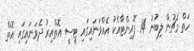
ހަތް މެޗުން ލިބުނު 14 ޕޮއިންޓާއެކު އެއްވަނައިގައި ޓީސީ އޮތްއިރު ދެވަނައިގައި އޮތް